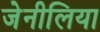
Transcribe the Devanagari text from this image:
जेनीलिया